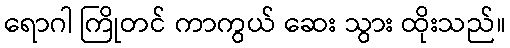
ရောဂါ ကြိုတင် ကာကွယ် ဆေး သွား ထိုးသည်။